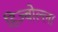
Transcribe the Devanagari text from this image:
हिज़्बोल्ला